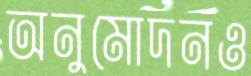
অনুমোদনও